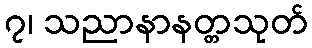
၇၊ သညာနာနတ္တသုတ်